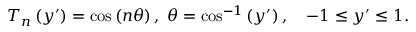
\begin{array} { r } { T _ { n } \left( y ^ { \prime } \right) = \cos \left( n \theta \right) , \; \theta = \cos ^ { - 1 } \left( y ^ { \prime } \right) , \quad - 1 \leq y ^ { \prime } \leq 1 . } \end{array}